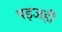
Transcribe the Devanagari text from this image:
षड्जही